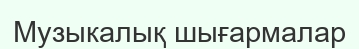
Музыкалық шығармалар